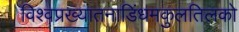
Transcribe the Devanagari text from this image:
विश्वप्रख्यातनाडिंधमकुलतिलको